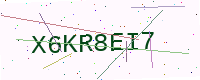
Text: X6KR8EI7